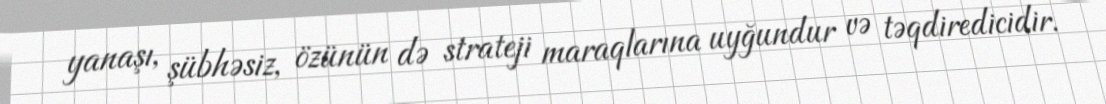
yanaşı, şübhəsiz, özünün də strateji maraqlarına uyğundur və təqdiredicidir.